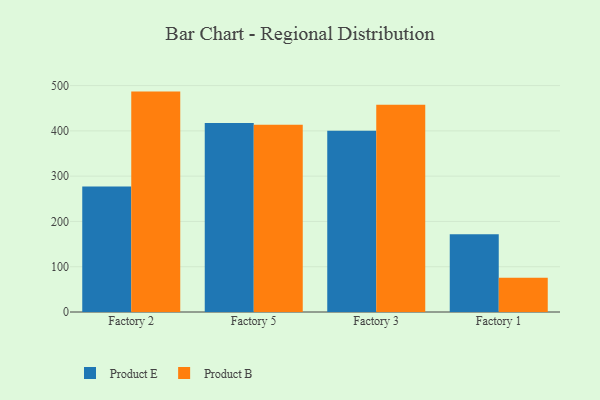
{"axis": {"x": "Factory", "y": "Market Share (%)"}, "legend": ["Product B", "Product E"], "data": [{"x": "Factory 2", "y": 277.1, "type": "Product E"}, {"x": "Factory 2", "y": 486.7, "type": "Product B"}, {"x": "Factory 5", "y": 417.5, "type": "Product E"}, {"x": "Factory 5", "y": 413.7, "type": "Product B"}, {"x": "Factory 3", "y": 400.4, "type": "Product E"}, {"x": "Factory 3", "y": 457.5, "type": "Product B"}, {"x": "Factory 1", "y": 171.7, "type": "Product E"}, {"x": "Factory 1", "y": 75.7, "type": "Product B"}]}